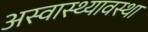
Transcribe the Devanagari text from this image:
अस्वास्थ्यावस्था